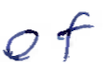
Text: of
Cross-out: clean
Writing tool: ballpoint